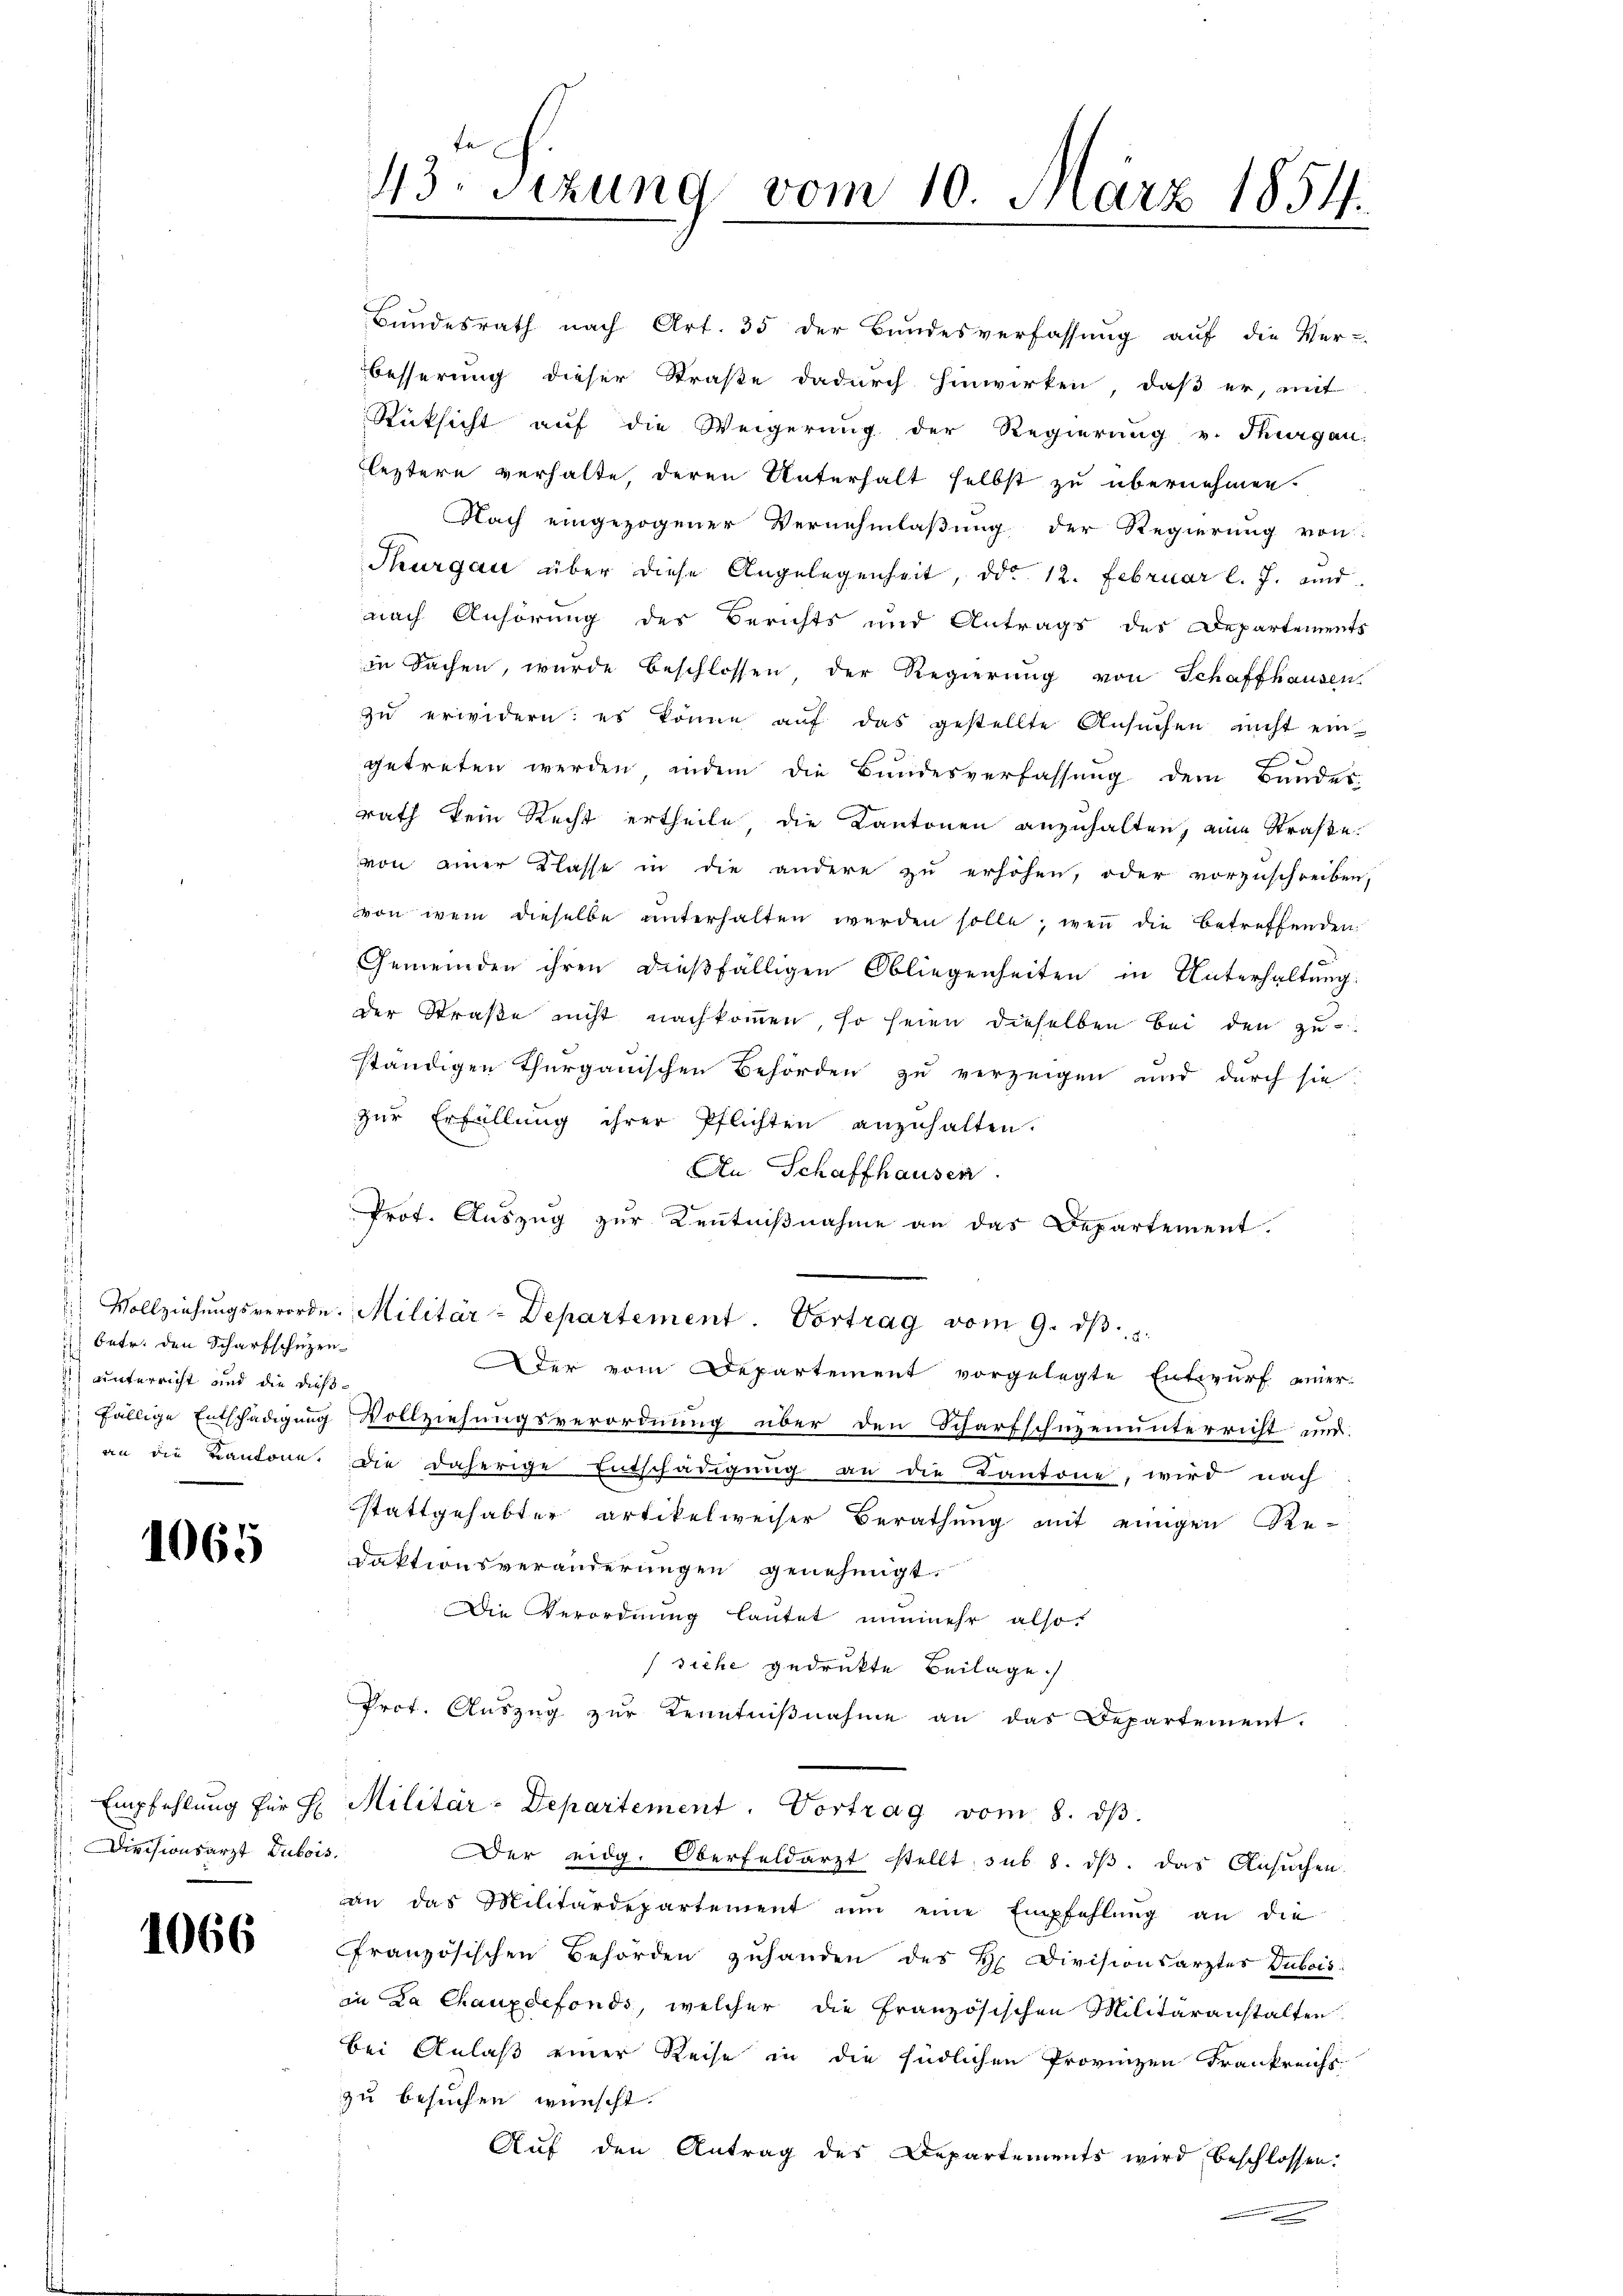
betr. den Scharfschuzen
unterricht und die dieß¬
 fällige Entschädigung
) an die Kantone.

1065

Empfehlung für H
Divisionsarzt Dubois

1066

Bundesrath nach Art. 35 der Bundesverfassung auf die Ver-
besserung dieser Straße dadurch hinwirken, daß er, mit
Rücksicht auf die Weigerung der Regierung v. Thurgau
leztere verhalte, deren Unterhalt selbst zu übernehmen.

Nach eingezogener Vernehmlaßung der Regierung von
Thurgau über diese Angelegenheit, ddo. 12. Februar l. J. und
nach Anhörung des Berichts und Antrags des Departements
in Sachen, wurde beschlossen, der Regierung von Schaffhausen
zu erwidern: es könne aŭf das gestellte Ansŭchen nicht ein
e
getreten werden, indem die Bundesverfassung dem Bundes
rath kein Recht ertheile die Kantonen anzuhalten, eine Straße.
von einer Klasse in die andere zu erhöhen, oder vorzuschreiben,
von wem dieselbe unterhalten werden solle, wenn die betreffenden
Gemeinden ihren dießfälligen Obliegenheiten in Unterhaltung:
der Straße nicht nachkommen, so seien dieselben bei den zu-
ständigen Thurgauischen Behörden zu verzeigen und durch sie
zŭr Erfüllŭng ihrer Pflichten anzŭhalten.
An Schaffhausen
Prot. Auszug zur Kenntnißnahme an das Departement.
 Vollziehŭngsverorden. Militär-Departement Vortrag vom 9. dβ.
der vom Departement vorgelegte Entwurf einer
Vollziehungsverordnung über den Scharfschuzenunterricht und
die daherige Entschädigung an die Kantone, wird nach
stattgehabter artikelweiser Berathung mit einigen Re-
daktionsveränderungen genehmigt.
Die Verordnung lautet nunmehr also
siche gedrukte Beilage.
Prot. Auszug zur Kenntniβnahme an das Departement.
Militär-Departement. Vortrag vom 8. dβ.
Der eidg. Oberfeldarzt stellt, sub 8. dβ. das Ansŭchen
an das Militärdepartement ŭm eine Empfehlŭng an die
Französischen Behörden zuhanden des H. Divisionsarztes Dubois:
in La Chauxdefonds, welcher die Französischen Militäranstalten
bei Anlaß einer Reise in die südlichen Provinzen Frankreichs
zu besuchen wünscht.
Auf den Antrag des Departements wird beschlossen:

43. Sezung vom 10. März 1854.
2